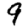
Digit: 9